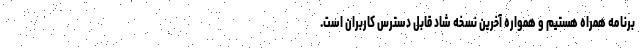
برنامه همراه هستیم و همواره آخرین نسخه شاد قابل دسترس کاربران است.